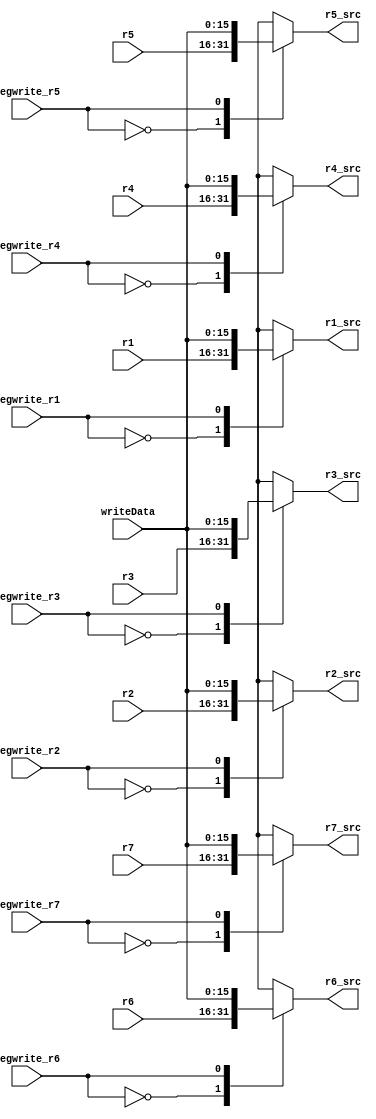
module MUX_read_register ( // read and write register simultaneously
    input [15:0] r1, r2, r3, r4, r5, r6, r7, writeData,
    input regwrite_r1, regwrite_r2, regwrite_r3, regwrite_r4, regwrite_r5, regwrite_r6, regwrite_r7,
    output [15:0] r1_src, r2_src, r3_src, r4_src, r5_src, r6_src, r7_src
);
    
    function [15:0] res_r_src;
        input [15:0] r, writeData;
        input regwrite;
        begin
            case (regwrite)
                1'b0: res_r_src = r;
                1'b1: res_r_src = writeData; 
                default: res_r_src = r;
            endcase
        end
    endfunction

    assign r1_src = res_r_src(r1, writeData, regwrite_r1);
    assign r2_src = res_r_src(r2, writeData, regwrite_r2);
    assign r3_src = res_r_src(r3, writeData, regwrite_r3);
    assign r4_src = res_r_src(r4, writeData, regwrite_r4);
    assign r5_src = res_r_src(r5, writeData, regwrite_r5);
    assign r6_src = res_r_src(r6, writeData, regwrite_r6);
    assign r7_src = res_r_src(r7, writeData, regwrite_r7);
endmodule